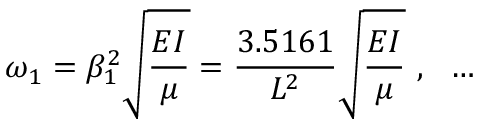
\omega _ { 1 } = \beta _ { 1 } ^ { 2 } { \sqrt { \frac { E I } { \mu } } } = { \frac { 3 . 5 1 6 1 } { L ^ { 2 } } } { \sqrt { \frac { E I } { \mu } } } ~ , ~ ~ \dots